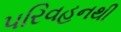
પરિવહનથી